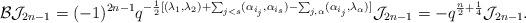
LaTeX: \begin{align*}\mathcal{B}\mathcal{J}_{2n-1}=(-1)^{2n-1}q^{-\frac{1}{2}[(\lambda_{1},\lambda_{2})+\sum_{j<s}(\alpha_{i_{j}},\alpha_{i_{s}})-\sum_{j,\alpha}(\alpha_{i_{j}},\lambda_{\alpha})]}\mathcal{J}_{2n-1}=-q^{\frac{n}{2}+\frac{1}{4}}\mathcal{J}_{2n-1}.\end{align*}